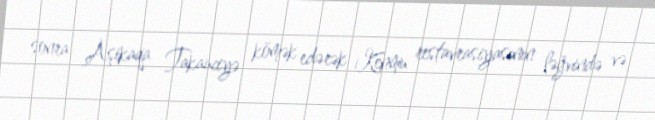
sonra Aşikaqa Takauciyə kömək edərək Kenmu restavrasiyasının ləğvində və